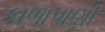
કાળાપાણી